Vaccination in Bombay 1874-1876 - 1874-1876
Year: 1874
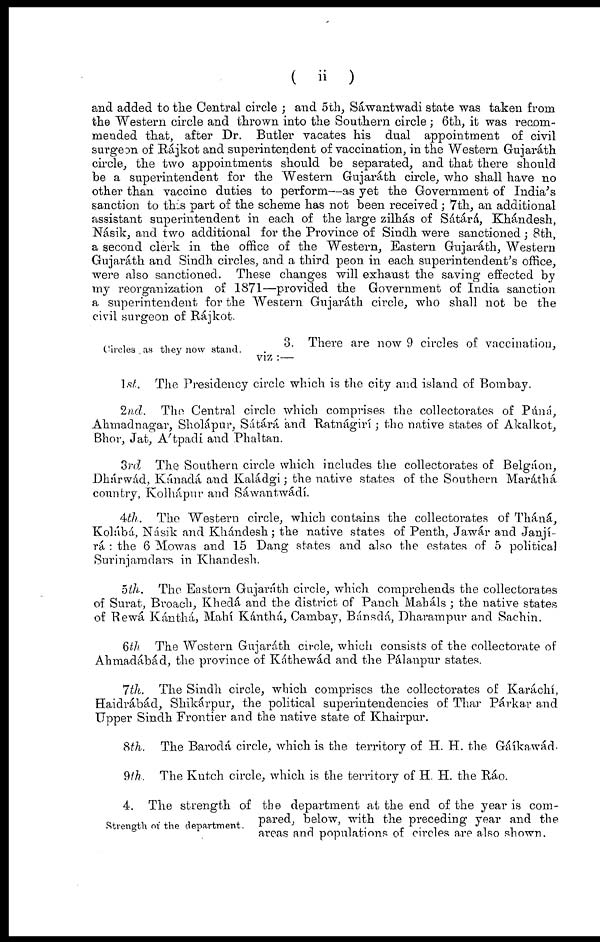
( ii )
and added to the Central circle ; and 5th, Sáwantwadi state was taken from
the Western circle and thrown into the Southern circle ; 6th, it was recom-
mended that, after Dr. Butler vacates his dual appointment of civil
surgeon of Rájkot and superintendent of vaccination, in the Western Gujaráth
circle, the two appointments should be separated, and that there should
be a superintendent for the Western Gujaráth circle, who shall have no
other than vaccine duties to perform—as yet the Government of India's
sanction to this part of the scheme has not been received ; 7th, an additional
assistant superintendent in each of the large zilhás of Sátárá, Khándesh,
Násik, and two additional for the Province of Sindh were sanctioned ; 8th,
a second clerk in the office of the Western, Eastern Gujaráth, Western
Gujaráth and Sindh circles, and a third peon in each superintendent's office,
were also sanctioned. These changes will exhaust the saving effected by
my reorganization of 1871—provided the Government of India sanction
a superintendent for the Western Gujaráth circle, who shall not be the
civil surgeon of Rájkot.
Circles, as they now stand.
3. There are now 9 circles of vaccination,
viz :—
1st. The Presidency circle which is the city and island of Bombay.
2nd. The Central circle which comprises the collectorates of Púná,
Ahmadnagar, Sholápur, Sátárá and Ratnágirí ; the native states of Akalkot,
Bhor, Jat, Átpadi and Phaltan.
3rd
The Southern circle which includes the collectorates of Belgáon,
Dhárwad, Kánadá and Kaládgi; the native states of the Southern Maráthá
country, Kolhápur and Sáwantwádí.
4th. The Western circle, which contains the collectorates of Tháná,
Kolábá, Násik and Khándesh; the native states of Penth, Jawár and Janjí-
rá : the 6 Mowas and 15 Dang states and also the estates of 5 political
Surinjamdars in Khandesh.
5th. The Eastern Gujaráth circle, which comprehends the collectorates
of Surat, Broach, Khedá and the district of Panch Maháls ; the native states
of Rewá Kánthá, Mahí Kánthá, Cambay, Bánsdá, Dharampur and Sachin.
6th The Western Gujaráth circle, which consists of the collectorate of
Ahmadábád, the province of Káthewád and the Pálanpur states.
7th. The Sindh circle, which comprises the collectorates of Karachi,
Haidrábád, Shikárpur, the political superintendencies of Thar Párkar and
Upper Sindh Frontier and the native state of Khairpur.
8th. The Barodá circle, which is the territory of H. H. the Gáíkawád.
9th. The Kutch circle, which is the territory of H. H. the Ráo.
Strength of the department.
4. The strength of the department at the end of the year is com-
pared, below, with the preceding year and the
areas and populations of circles are also shown.